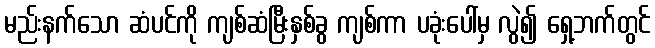
မည်းနက်သော ဆံပင်ကို ကျစ်ဆံမြီးနှစ်ခွ ကျစ်ကာ ပခုံးပေါ်မှ လွဲ၍ ရှေ့ဘက်တွင်